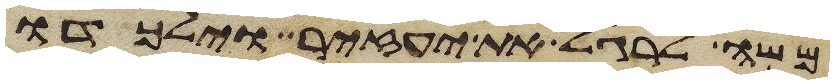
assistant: משה לרגל את יעזיר וילכדו